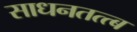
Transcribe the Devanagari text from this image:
साधनतत्त्ब